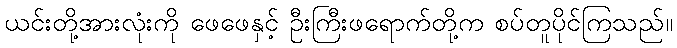
ယင်းတို့အားလုံးကို ဖေဖေနှင့် ဦးကြီးဖရောက်တို့က စပ်တူပိုင်ကြသည်။